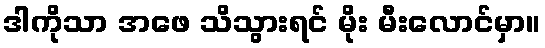
ဒါကိုသာ အဖေ သိသွားရင် မိုး မီးလောင်မှာ။